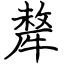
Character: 犛